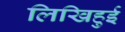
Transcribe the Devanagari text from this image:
लिखिहुई